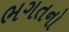
ભગતનો